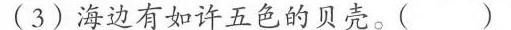
(3)海边有如许五色的贝壳。( )